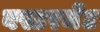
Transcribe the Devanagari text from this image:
बस्टरमेंट